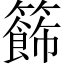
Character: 籂